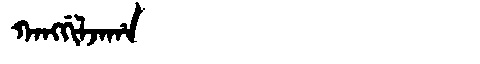
Manchu: ᡴᠠᠩᡤᡳᠯᠵᠠᡥᠠ
Romanization: KANGGILJAHA